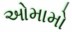
ઓમામો